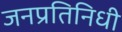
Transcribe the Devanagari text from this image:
जनप्रतिनिधी